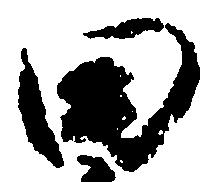
田